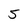
Character: 5